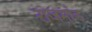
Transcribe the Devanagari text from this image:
राजमांड